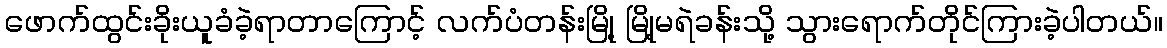
ဖောက်ထွင်းခိုးယူခံခဲ့ရာတာကြောင့် လက်ပံတန်းမြို့ မြို့မရဲခန်းသို့ သွားရောက်တိုင်ကြားခဲ့ပါတယ်။